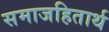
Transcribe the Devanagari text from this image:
समाजहितार्थ